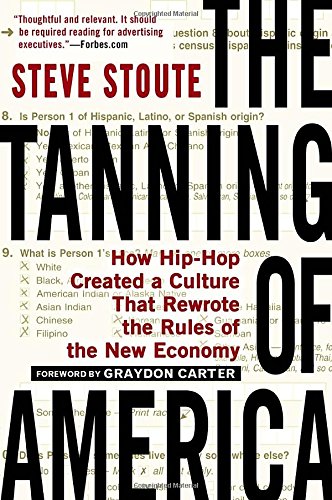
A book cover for The Tanning of America: How Hip-Hop Created a Culture That Rewrote the Rules of the New Economy; Steve Stoute; Arts & Photography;